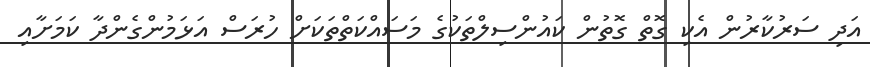
އަދި ސަރުކާރުން އެކި ގޮތް ގޮތުން ކައުންސިލްތަކުގެ މަސައްކަތްތަކަށް ހުރަސް އަޅަމުންގެންދާ ކަމަށާއި